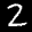
Label: 2